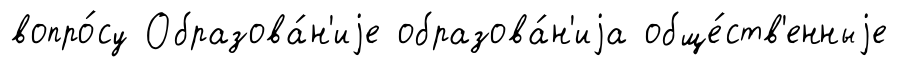
вопро́су Образова́н'иjе образова́н'иjа обще́ств'енныjе